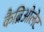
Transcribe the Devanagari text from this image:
कैब्रिओलेट